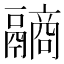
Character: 𩱐